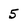
Character: 5